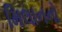
મિલાનનો